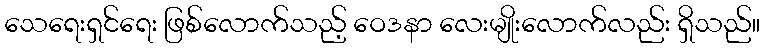
သေရေးရှင်ရေး ဖြစ်လောက်သည့် ဝေဒနာ လေးမျိုးလောက်လည်း ရှိသည်။